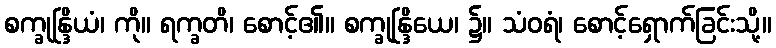
စက္ခုန္ဒြိယံ၊ ကို။ ရက္ခတိ၊ စောင့်၏။ စက္ခုန္ဒြိယေ၊ ၌။ သံဝရံ၊ စောင့်ရှောက်ခြင်းသို့။